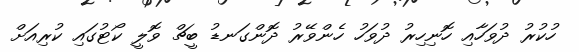
ހުކުރު ދުވަހާއި ހޮނިހިރު ދުވަހު ހެންވޭރު ދޮންގަނޑު ބީޗް ވޮލީ ކޯޓުގައި ކުރިއަށް